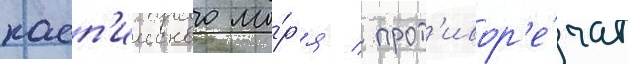
касп'ииского мо́р'я / прот'ивор'е́чат